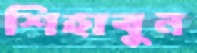
শিহাবুন